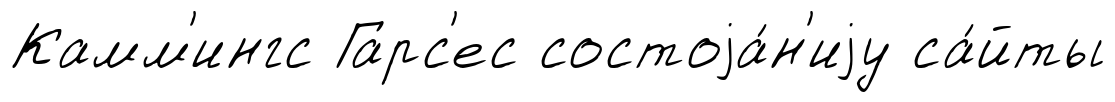
Камм'ингс Гарс'ес состоjа́н'иjу са́йты